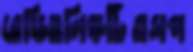
রেডিওলিঙ্কটিএসপ